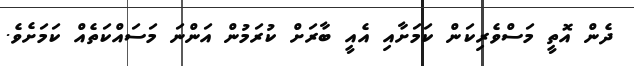
ދެން އޮތީ މަސްވެރިކަން ކަމަށާއި އެއީ ބާރަށް ކުރަމުން އަންނަ މަސައްކަތެއް ކަމަށެވެ.